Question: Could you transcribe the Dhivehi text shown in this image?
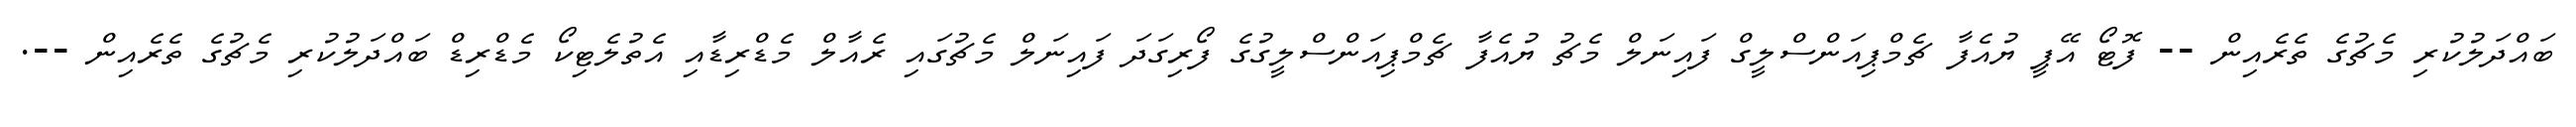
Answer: ބައްދަލުކުރި މެޗުގެ ތެރެއިން -- ފޮޓޯ އޭޕީ ޔުއެފާ ޗެމްޕިއަންސްލީގް ފައިނަލް މެޗު ޔުއެފާ ޗެމްޕިއަންސްލީގުގެ ފޯރިގަދަ ފައިނަލް މެޗުގައި ރެއާލް މެޑްރިޑާއި އެތުލެޓިކޯ މެޑްރިޑް ބައްދަލުކުރި މެޗުގެ ތެރެއިން --.